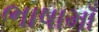
ભાષામાઁ